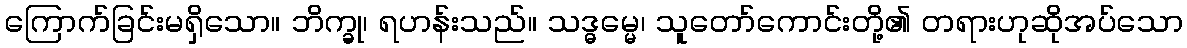
ကြောက်ခြင်းမရှိသော။ ဘိက္ခု၊ ရဟန်းသည်။ သဒ္ဓမ္မေ၊ သူတော်ကောင်းတို့၏ တရားဟုဆိုအပ်သော